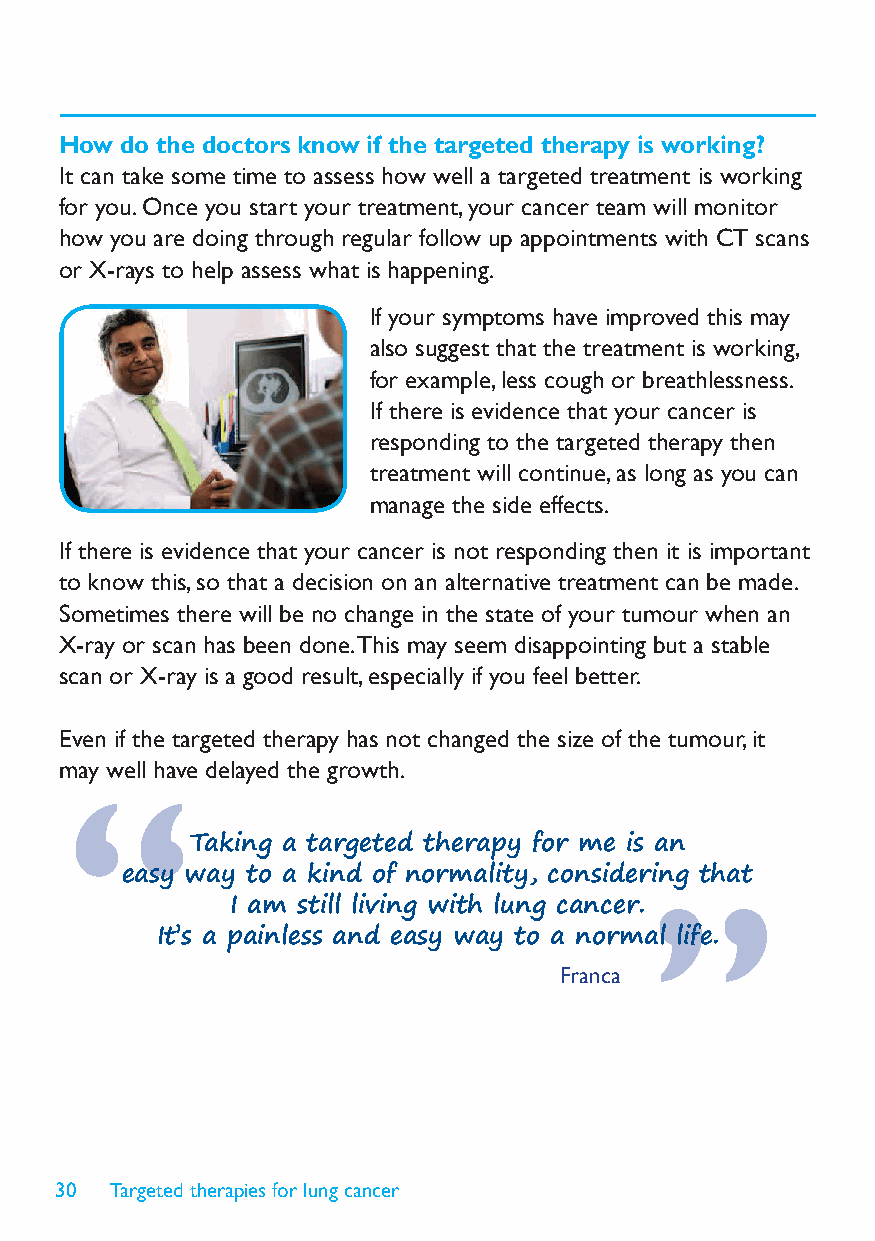
How do the doctors know if the targeted therapy is working?
 It can take some time to assess how well a targeted treatment is working
 for you. Once you start your treatment, your cancer team will monitor
 how you are doing through regular follow up appointments with CT scans
 or X-rays to help assess what is happening.
 If your symptoms have improved this may
 also suggest that the treatment is working,
 for example, less cough or breathlessness.
 If there is evidence that your cancer is
 responding to the targeted therapy then
 treatment will continue, as long as you can
 manage the side effects.
 If there is evidence that your cancer is not responding then it is important
 to know this, so that a decision on an alternative treatment can be made.
 Sometimes there will be no change in the state of your tumour when an
 X-ray or scan has been done. This may seem disappointing but a stable
 scan or X-ray is a good result, especially if you feel better.
 Even if the targeted therapy has not changed the size of the tumour, it
 may well have delayed the growth.
 Taking a targeted therapy for me is an
 easy way to a kind of normality, considering that
 I am still living with lung cancer.
 It’s a painless and easy way to a normal life.
 Franca
 30 Targeted therapies for lung cancer